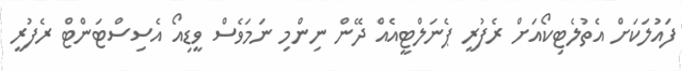
ފައުލަކަށް އެތުލެޓިކޯއަށް ރެފުރީ ޕެނަލްޓީއެއް ދޭން ނިންމި ނަމަވެސް ވީޑިއޯ އެސިސްޓަންޓް ރެފުރީ